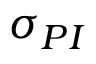
\sigma _ { P I }